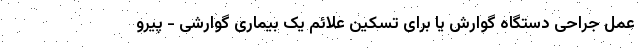
عمل جراحی دستگاه گوارش یا برای تسکین علائم یک بیماری گوارشی - پیرو